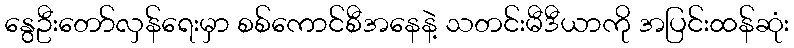
နွေဦးတော်လှန်ရေးမှာ စစ်ကောင်စီအနေနဲ့ သတင်းမီဒီယာကို အပြင်းထန်ဆုံး